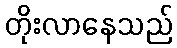
တိုးလာနေသည်